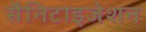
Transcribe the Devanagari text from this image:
सैनिटाइजेशन